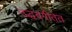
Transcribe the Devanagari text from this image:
उद्धवगीतेत